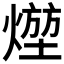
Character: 𤍣